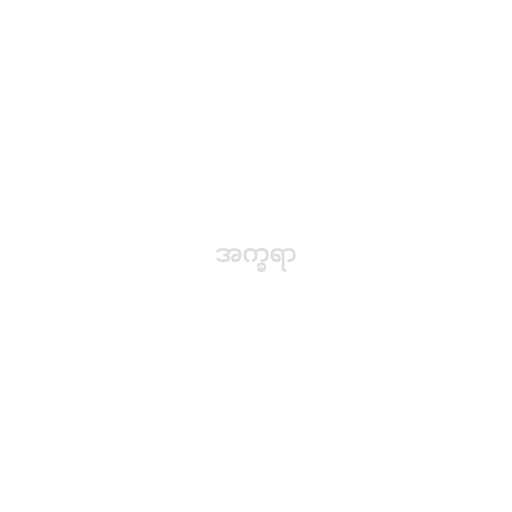
အက္ခရာ